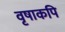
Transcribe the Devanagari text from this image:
वृषाकपि